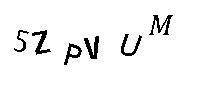
5ZPVUM